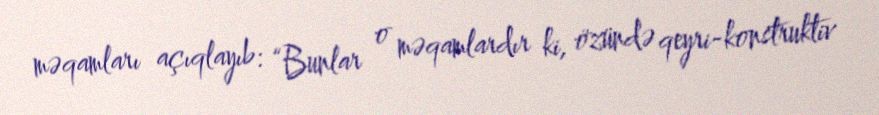
məqamları açıqlayıb: “Bunlar o məqamlardır ki, özündə qeyri-konstruktiv